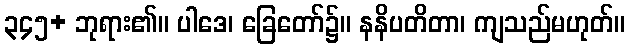
၃၄၅+ ဘုရား၏။ ပါဒေ၊ ခြေတော်၌။ နနိပတိတာ၊ ကျသည်မဟုတ်။